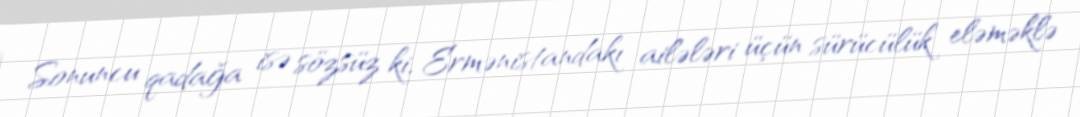
Sonuncu qadağa isə sözsüz ki, Ermənistandakı ailələri üçün sürücülük eləməklə